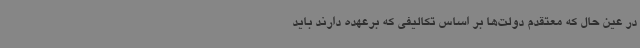
در عین حال که معتقدم دولت‌ها بر اساس تکالیفی که برعهده دارند باید